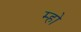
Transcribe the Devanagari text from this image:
म्हो